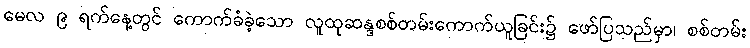
မေလ ၉ ရက်နေ့တွင် ကောက်ခံခဲ့သော လူထုဆန္ဒစစ်တမ်းကောက်ယူခြင်း၌ ဖော်ပြသည်မှာ၊ စစ်တမ်း